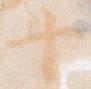
十